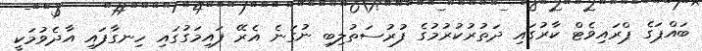
ބައްޕަގެ ޕްރައިވެޓް ކާރުގައި ދަތުރުކުރުމުގެ ފުރުސަތުލިބި ނުގަނެ އެރޭ ފައިމަގުގައި ހިނގާފައި އާދެވުމަކީ